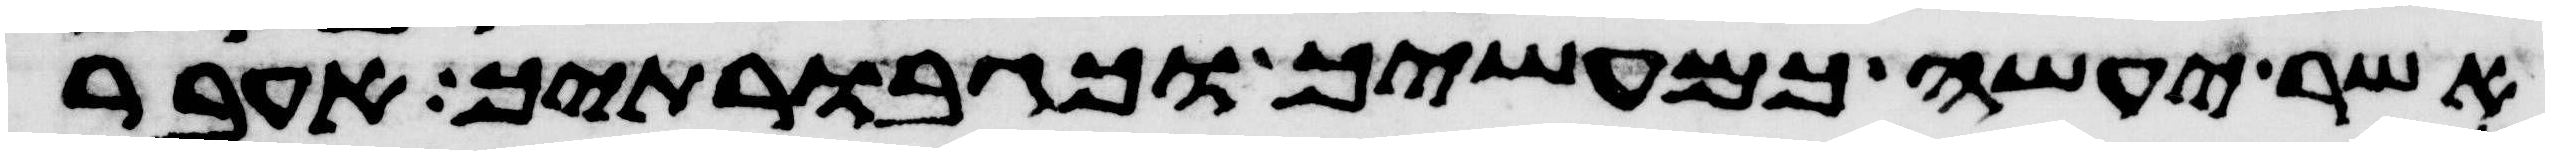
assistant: אשר יעשה כמעשיך וכגבורתיך אעבר